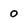
Character: 0